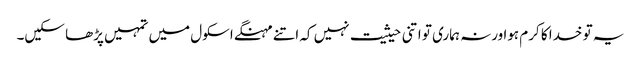
یہ تو خدا کا کرم ہوا ورنہ ہماری تو اتنی حیثیت نہیں کہ اتنے مہنگے اسکول میں تمہیں پڑھا سکیں۔